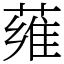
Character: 䔨